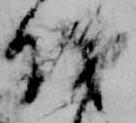
儀